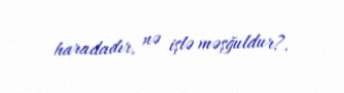
haradadır, nə işlə məşğuldur?.